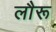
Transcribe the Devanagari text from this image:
लौरू